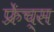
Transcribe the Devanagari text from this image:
फ्रेंच्स